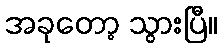
အခုတော့ သွားပြီ။